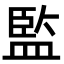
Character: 監